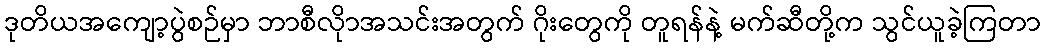
ဒုတိယအကျော့ပွဲစဉ်မှာ ဘာစီလိုာအသင်းအတွက် ဂိုးတွေကို တူရန်နဲ့ မက်ဆီတို့က သွင်ယူခဲ့ကြတာ